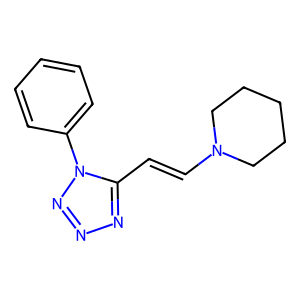
SMILES: C(=CN1CCCCC1)c1nnnn1-c1ccccc1
Inhibits HIV replication: No